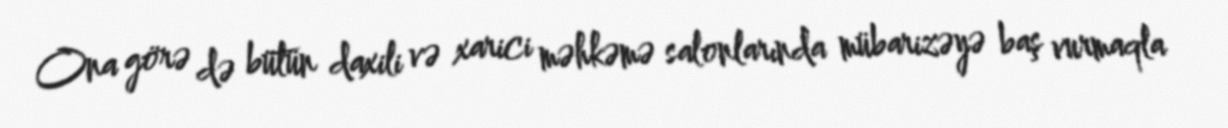
Ona görə də bütün daxili və xarici məhkəmə salonlarında mübarizəyə baş vurmaqla